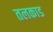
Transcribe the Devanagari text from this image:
तलकाड